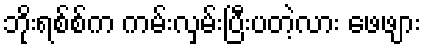
ဘိုးရစ်စ်က ကမ်းလှမ်းပြီးပတဲ့လား ဖေဖျား